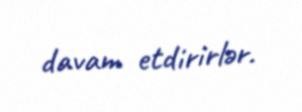
davam etdirirlər.